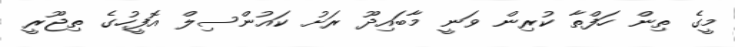
މީގެ ތިން ހަފްތާ ކުރިން ވަނީ މާބައިދޫ ރަށު ކައުންސިލް އޮފީހުގެ ތިޖޫރީ